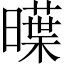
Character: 𣋑